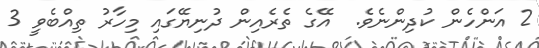
2 އަންހެން ކުދިންނެވެ.  އޭގެ ތެރެއިން ދުނިޔޭގައި މިހާރު ތިއްބެވީ 3